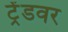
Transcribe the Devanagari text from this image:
ट्रेंडवर